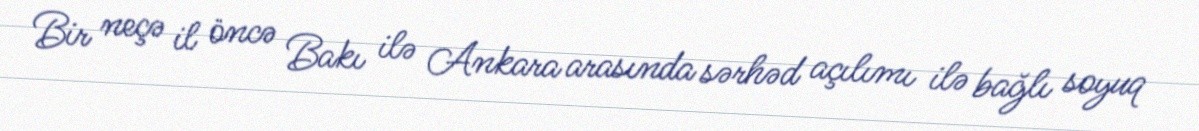
Bir neçə il öncə Bakı ilə Ankara arasında sərhəd açılımı ilə bağlı soyuq